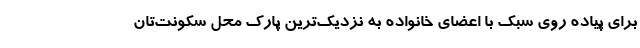
برای پیاده روی سبک با اعضای خانواده به نزدیک‌ترین پارک محل سکونت‌تان